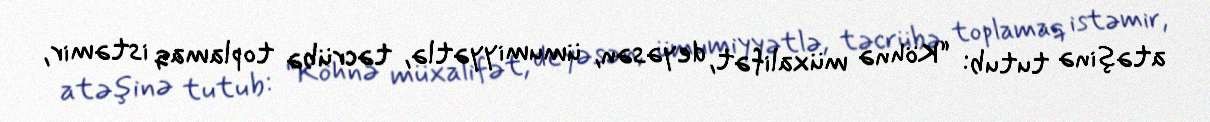
atəşinə tutub: “Köhnə müxalifət, deyəsən, ümumiyyətlə, təcrübə toplamaq istəmir,